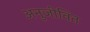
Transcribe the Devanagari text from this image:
अनुजीवित